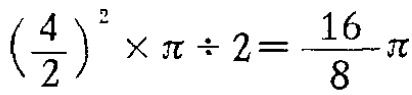
$\left(\frac{4}{2}\right)^{2} \times \pi \div 2=\frac{16}{8}\pi$